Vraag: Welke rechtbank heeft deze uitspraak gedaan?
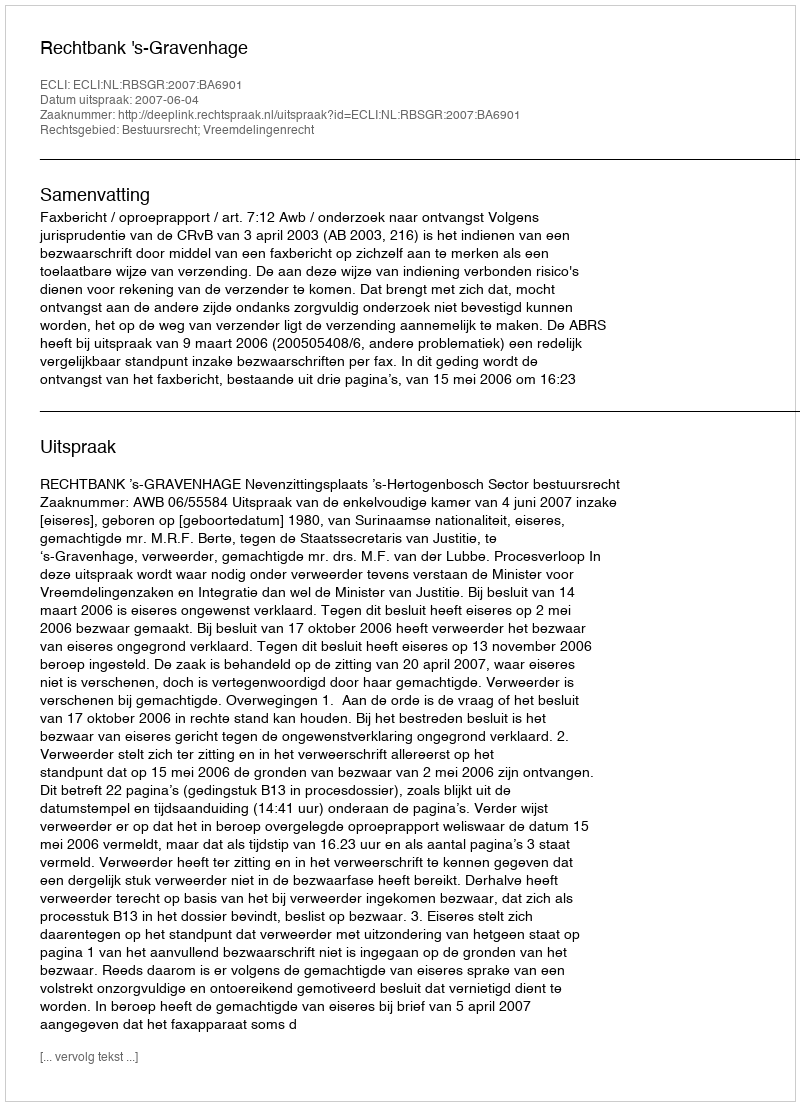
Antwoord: Rechtbank 's-Gravenhage